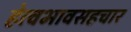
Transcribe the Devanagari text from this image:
हेत्वभावसहचार